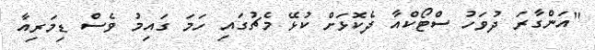
"އަންގާރަ ދުވަހު ސްޓޯކްއާ ދެކޮޅަށް ކުޅޭ މެޗުގައި ހަމަ ގައިމު ވެސް ޑިމަރިއާ